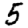
Digit: 5